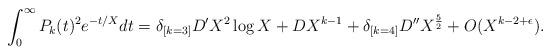
LaTeX: \begin{align*} \int_0^\infty P_k(t)^2 e^{-t/X} dt = \delta_{[k = 3]}D' X^2 \log X + D X^{k-1} + \delta_{[k = 4]} D'' X^{\frac{5}{2}} + O(X^{k - 2 + \epsilon}). \end{align*}